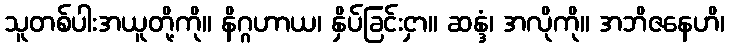
သူတစ်ပါးအယူတို့ကို။ နိဂ္ဂဟာယ၊ နှိပ်ခြင်းငှာ။ ဆန္ဒံ၊ အလိုကို။ အဘိဇနေဟိ၊